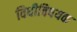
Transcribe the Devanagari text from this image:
विधीविषयक